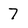
Character: 7